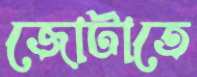
জোটাতে